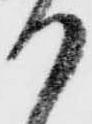
か